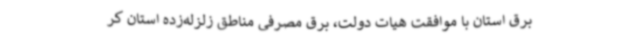
برق استان با موافقت هیات دولت، برق مصرفی مناطق زلزله‌زده استان کر